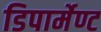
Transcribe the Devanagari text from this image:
डिपार्मेण्ट